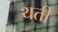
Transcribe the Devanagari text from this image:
थती